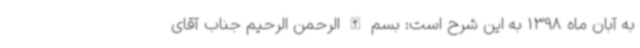
به آبان ماه 1398 به این شرح است: بسم الله الرحمن الرحیم جناب آقای